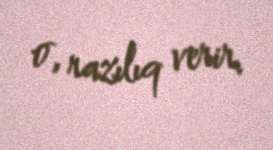
o, razılıq verir.